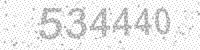
Solution: 534440